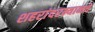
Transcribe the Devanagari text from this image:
शहरांदरम्यानचे